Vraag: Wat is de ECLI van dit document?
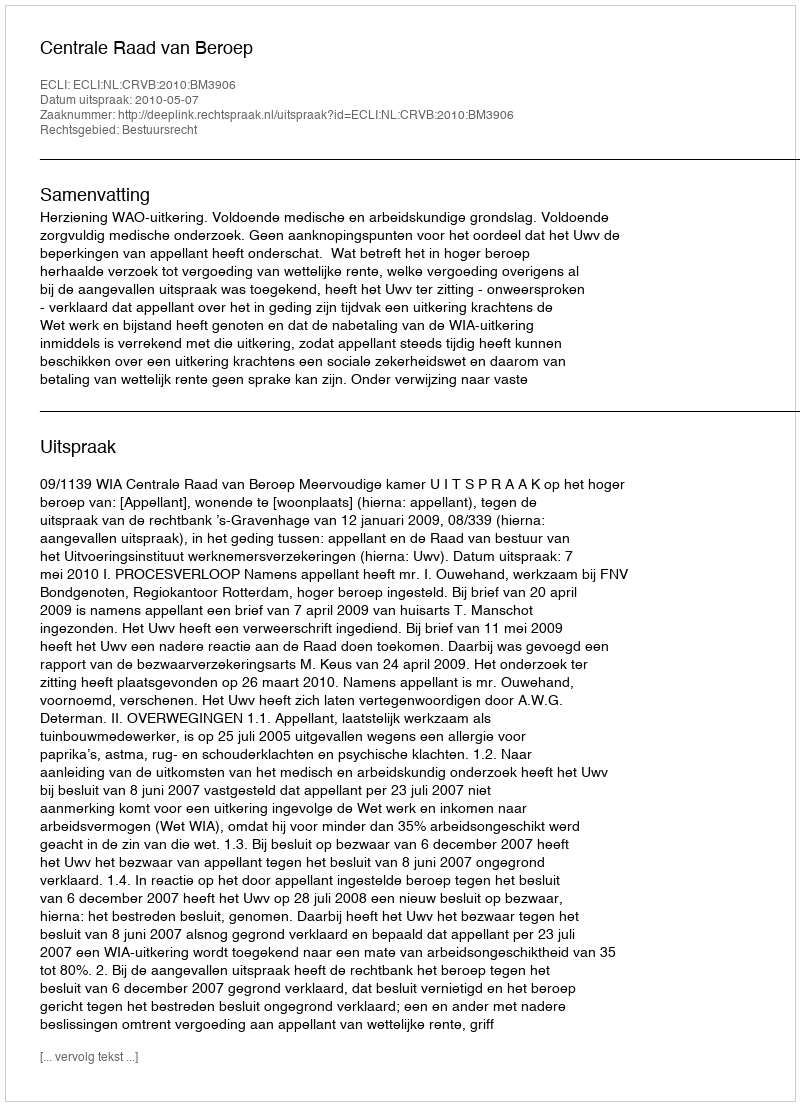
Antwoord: ECLI:NL:CRVB:2010:BM3906